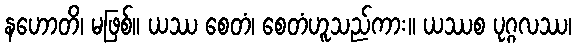
နဟောတိ၊ မဖြစ်။ ယဿ စေတံ၊ စေတံဟူသည်ကား။ ယဿစ ပုဂ္ဂလဿ၊